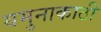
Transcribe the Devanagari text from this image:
यमुनाकाठी